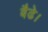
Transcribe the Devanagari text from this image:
बैढे।